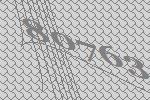
80763